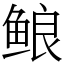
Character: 鿶